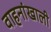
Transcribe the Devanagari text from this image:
वाहनांखाली